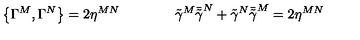
\left\{ \Gamma ^ { M } , \Gamma ^ { N } \right\} = 2 \eta ^ { M N } \qquad \qquad \tilde { \gamma } ^ { M } \bar { \tilde { \gamma } } ^ { N } + \tilde { \gamma } ^ { N } \bar { \tilde { \gamma } } ^ { M } = 2 \eta ^ { M N }